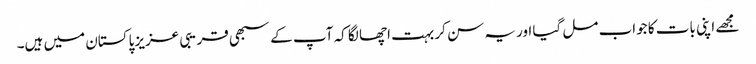
مجھے اپنی بات کا جواب مل گیا اور یہ سن کر بہت اچھا لگا کہ آپ کے سبھی قریبی عزیز پاکستان میں ہیں۔